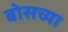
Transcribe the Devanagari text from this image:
बोसच्या